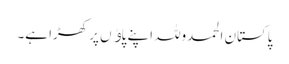
پاکستان الحمدوللہ اپنے پاﺅں پر کھڑا ہے۔